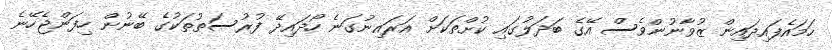
ހަމައެފައިދައިން ޒުވާނުންވެސް އޭގެ ބަދަލުގައި ކުށްތަކަށް އަރައިނުގަނެ ހޯދައިދޭ ފުރުސަތުތަކުގެ ބޭނުން ހިފަންޖެހޭނެ